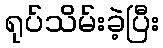
ရုပ်သိမ်းခဲ့ပြီး